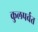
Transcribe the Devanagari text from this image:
कुलपर्वत